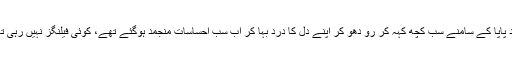
شاید پاپا کے سامنے سب کچھ کہہ کر رو دھو کر اپنے دل کا درد بہا کر اب سب احساسات منجمد ہوگئے تھے، کوئی فیلنگز نہیں رہی تھیں۔